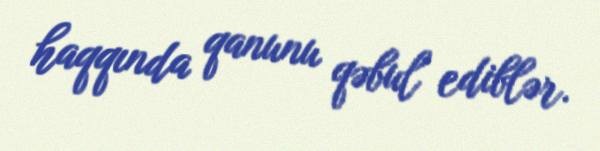
haqqında qanunu qəbul ediblər.